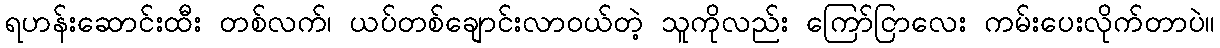
ရဟန်းဆောင်းထီး တစ်လက်၊ ယပ်တစ်ချောင်းလာဝယ်တဲ့ သူကိုလည်း ကြော်ငြာလေး ကမ်းပေးလိုက်တာပဲ။